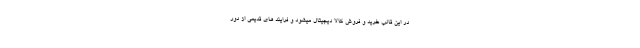
در این قالب خرید و فروش کالا دیجیتال میشود و فرایند های قدیمی از دور